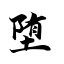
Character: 堕